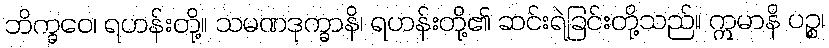
ဘိက္ခဝေ၊ ရဟန်းတို့။ သမဏဒုက္ခာနိ၊ ရဟန်းတို့၏ ဆင်းရဲခြင်းတို့သည်။ ဣမာနိ ပဉ္စ၊